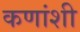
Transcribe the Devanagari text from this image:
कणांशी